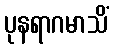
ပုနရာဂမာသိံ